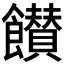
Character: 𩟪